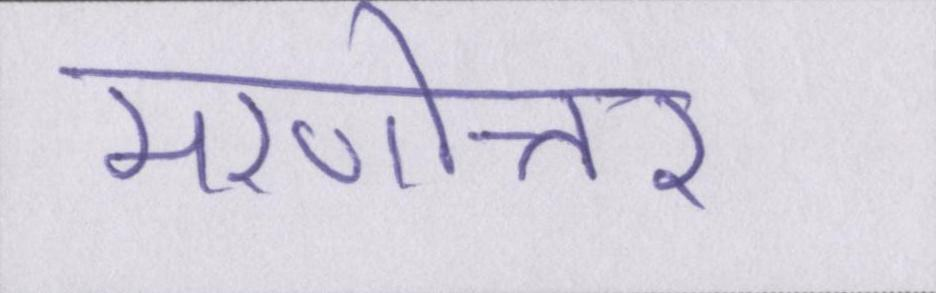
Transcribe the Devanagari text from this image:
मरणोत्तर